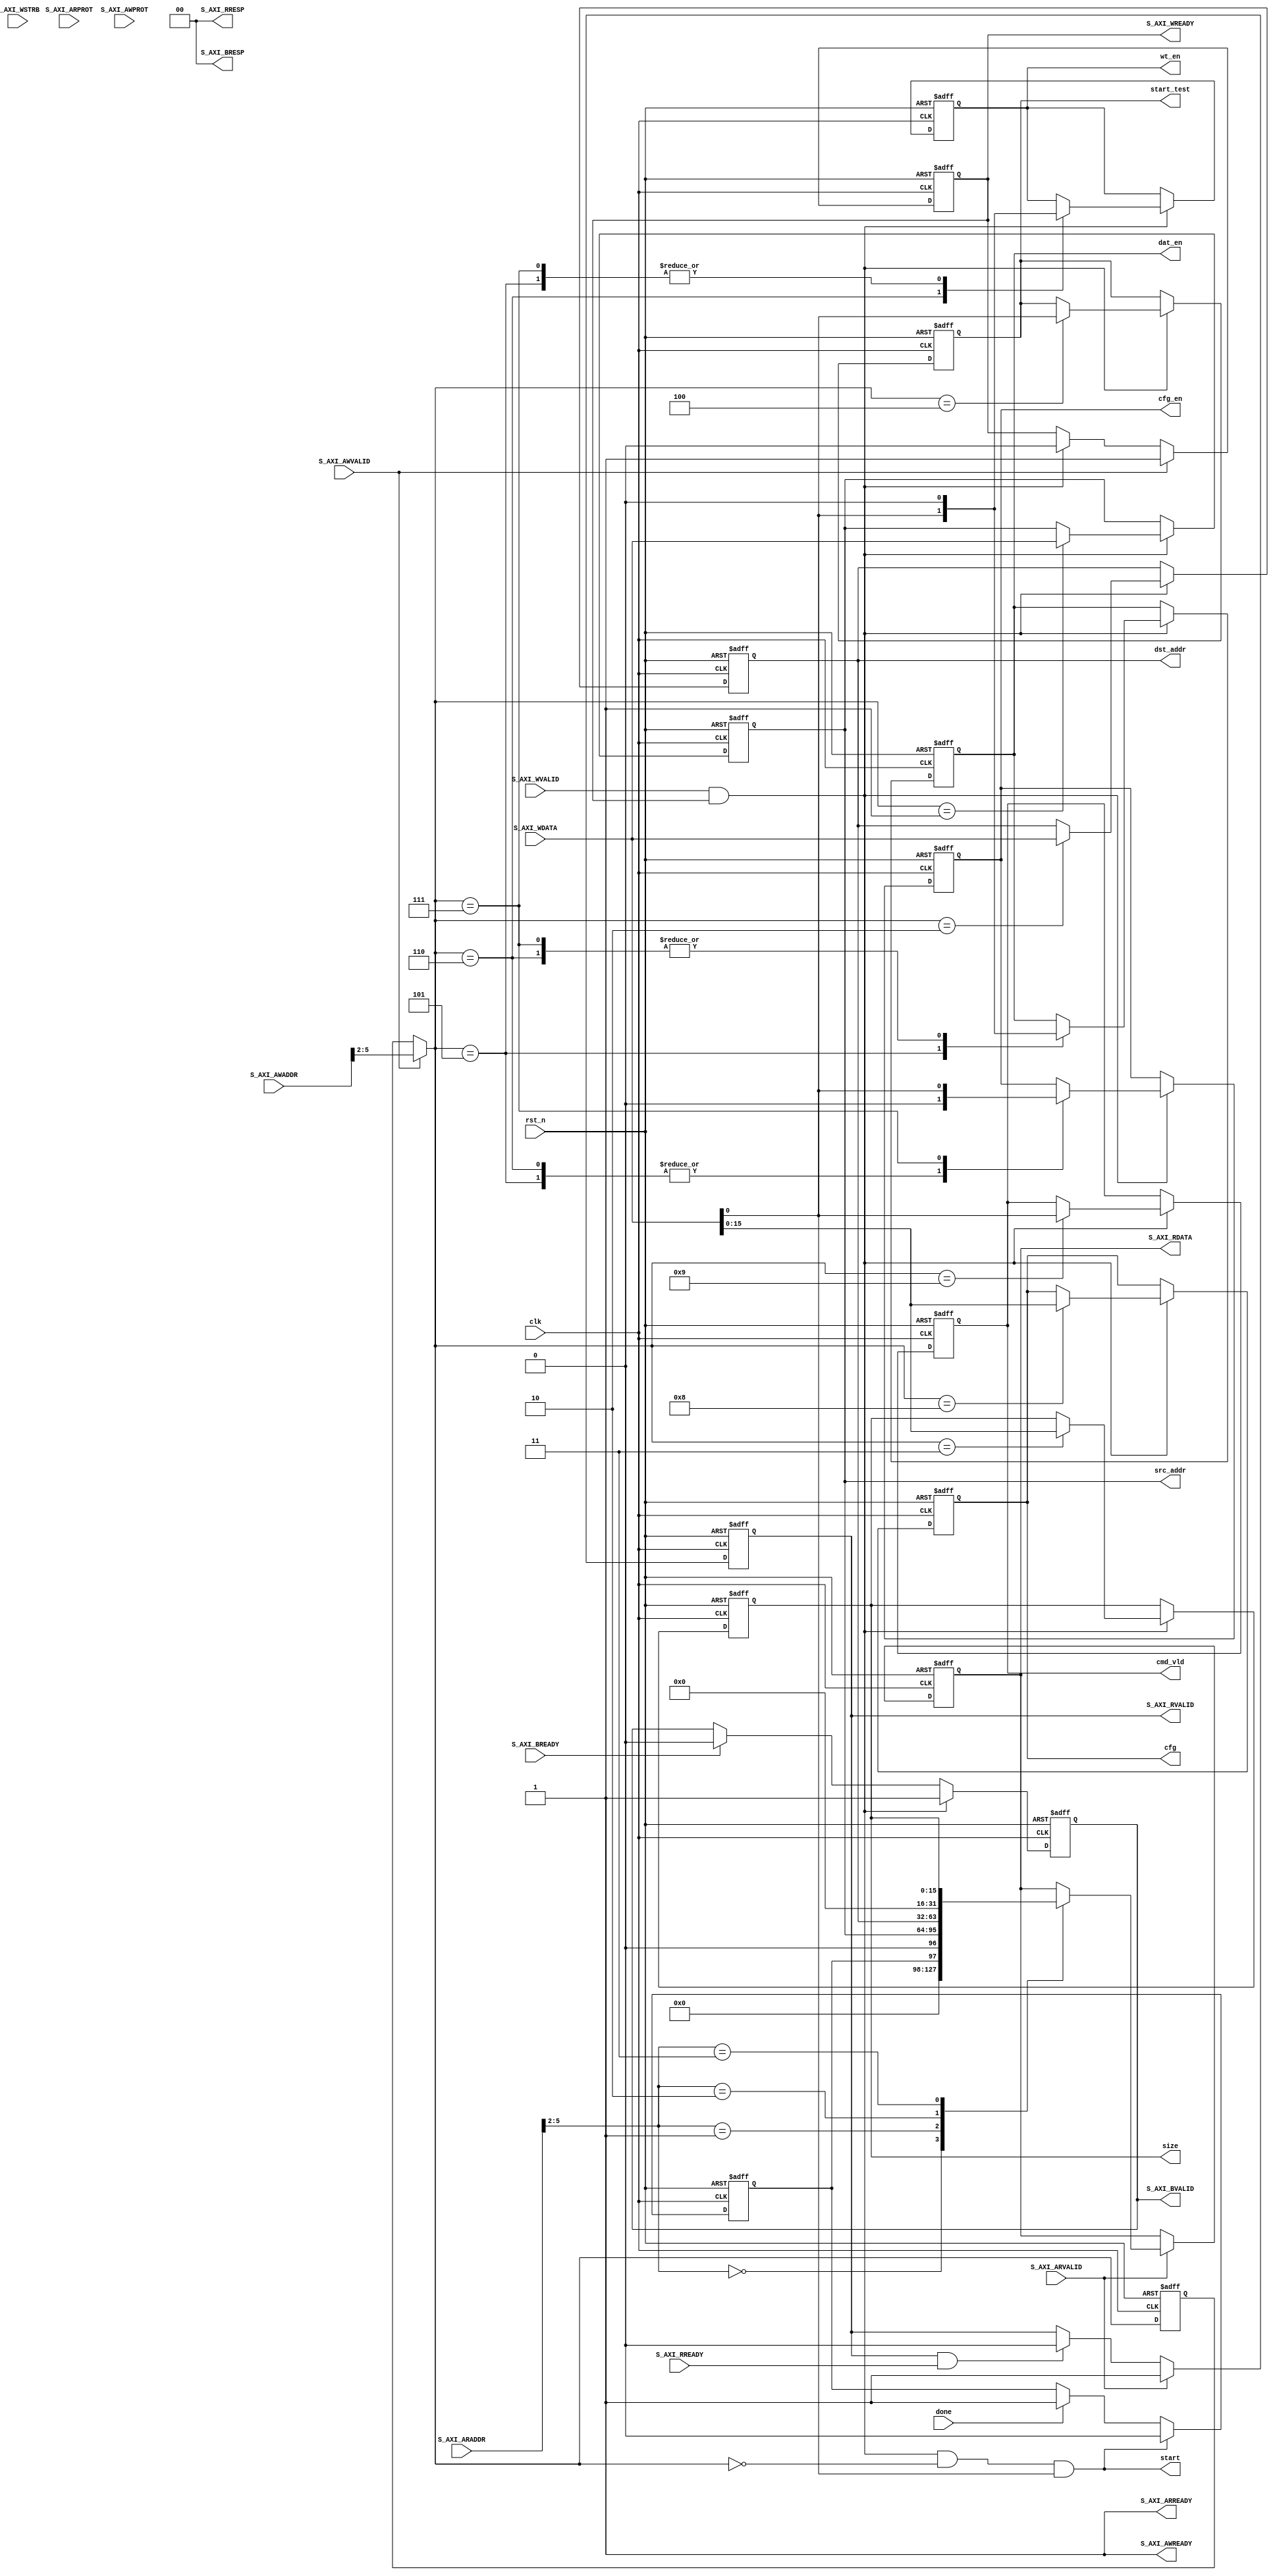
`timescale 1ns / 1ps
// axi_lite
module dma_reg
(
    input clk,
    input rst_n,
     //
     //AR channel
    input S_AXI_ARVALID,
    output S_AXI_ARREADY,
    input [5:0]S_AXI_ARADDR,
    input [2:0]S_AXI_ARPROT,
    // 4 
    //Rd channel
    output [32-1:0]S_AXI_RDATA,//? reg0
    output [1:0]S_AXI_RRESP,
    output S_AXI_RVALID,
    input S_AXI_RREADY,
    //4
    //AW channel
    input S_AXI_AWVALID,
    output S_AXI_AWREADY,
    input [5:0]S_AXI_AWADDR,
    input [2:0]S_AXI_AWPROT,

    //Wr channel
    //S_AXI_WDATA      
    input [32-1:0]S_AXI_WDATA,
    input S_AXI_WVALID,
    output S_AXI_WREADY,
    input [5:0]S_AXI_WSTRB,   
    
    //Wr Resp
    output [1:0]S_AXI_BRESP,
    output S_AXI_BVALID,
    input S_AXI_BREADY,
    //S_AXI_WDATA      
    //
    output start,//reg0
    input done,//reg0  //  
    output reg [31:0]src_addr,//reg1 
    output reg [31:0]dst_addr,//reg2 
    output reg [15:0]size ,//reg3  DMA?25632128AXI4
    //output reg [7:0]out_num,
    output reg      start_test,

    output  reg     dat_en,
    output  reg     wt_en,
    output  reg     cfg_en,
    output  reg     [15:0]cfg,
    output  reg     cmd_vld
);

assign S_AXI_BRESP=2'b0;
//
reg axi_bvalid;
assign S_AXI_BVALID=axi_bvalid;

always @(posedge clk or negedge rst_n)
    if(~rst_n)
        axi_bvalid<=1'b0;
    else
        if(S_AXI_WVALID & S_AXI_WREADY)
            axi_bvalid<=1'b1;
        else
            if(S_AXI_BREADY)
                axi_bvalid<=1'b0;

reg [3:0]addr_word_w;
wire [3:0]addr_word_w_comb;

always @(posedge clk or negedge rst_n)
    if(~rst_n)
        addr_word_w<=0;
    else
        if(S_AXI_AWVALID & S_AXI_AWREADY)
            addr_word_w <= S_AXI_AWADDR[5:2];
        
//324byte0,1,2,3. [1:0]  
//[3:2]addr_word_w_comb      
assign addr_word_w_comb = (S_AXI_AWVALID & S_AXI_AWREADY)?S_AXI_AWADDR[5:2]:addr_word_w; //
assign S_AXI_AWREADY=1'b1;//S_AXI_AWVALID&S_AXI_WVALID;
//w_phase
reg w_phase;

always @(posedge clk or negedge rst_n)
    if(~rst_n)
        w_phase=1'b0;
    else
        if(S_AXI_AWVALID & S_AXI_AWREADY) //
            w_phase<=1;
        else
            if(S_AXI_WVALID & S_AXI_WREADY)  //S_AXI_WREADY=w_phase
                w_phase<=0;
                
//S_AXI_WREADY ? S_AXI_AWVALID
assign S_AXI_WREADY=w_phase;
//reg    en_dat;
//reg    en_wt;
always @(posedge clk or negedge rst_n)
    if(~rst_n)
        begin
            src_addr<=0;
            dst_addr<=0;
            size<=0;
            start_test<=0;
            dat_en <=0;
            wt_en  <= 0;
            cfg_en <=0;
            cfg    <=0;
            cmd_vld <=0;


        end
    else    //assign S_AXI_WREADY=w_phase; ?
        if(S_AXI_WVALID & S_AXI_WREADY)
            case(addr_word_w_comb)
                4'd1:begin src_addr <= S_AXI_WDATA;end  //S_AXI_WDATA
                4'd2:begin dst_addr <= S_AXI_WDATA;end
                4'd3:begin size <= S_AXI_WDATA[15:0];end
                4'd4:begin start_test <= S_AXI_WDATA[0];end //16
                4'd5:begin dat_en <= S_AXI_WDATA[0] ; //20
                           wt_en  <= 0;
                           cfg_en  <= 0;
                        end
                
                4'd6:begin
                            wt_en   <= S_AXI_WDATA[0]; //24
                            dat_en  <= 0;
                            cfg_en  <= 0;
                end
                4'd7:begin
                            cfg_en  <= S_AXI_WDATA[0];  //28
                            dat_en  <= 0;
                            wt_en   <= 0;
                end
                4'd8:begin
                            cfg     <= S_AXI_WDATA[15:0];
                end
                4'd9:begin
                            cmd_vld <= S_AXI_WDATA[0];
                end
            endcase
        
//AR    
assign S_AXI_ARREADY=1'b1;

assign S_AXI_RRESP=2'b0;
//
reg [32-1:0]rdata;
assign S_AXI_RDATA = rdata; //
reg rvalid;
assign S_AXI_RVALID = rvalid;

reg done_r;
always @(posedge clk or negedge rst_n)
if(~rst_n)
    done_r<=0;
else
    if(start)
        done_r<=0;
    else
        if(done) //done
            done_r<=1;
//                        
always @(posedge clk or negedge rst_n)
if(~rst_n)
    begin rvalid<=1'b0;rdata<=32'b0;end
else
    if(S_AXI_ARVALID & S_AXI_ARREADY)
    begin
        rvalid<=1'b1;
        case(S_AXI_ARADDR[5:2])  //done_rstartstart
            4'd0: rdata <= {30'b0,done_r,1'b0};
            4'd1: rdata <= src_addr;
            4'd2: rdata <= dst_addr;
            4'd3: rdata <= {16'b0,size};
        endcase
    end
    else
        if(S_AXI_RVALID & S_AXI_RREADY)
            rvalid<=1'b0;
//start  start?   
                                     //addr_word_w_comb==0 reg0
assign start = S_AXI_WVALID & S_AXI_WREADY & (addr_word_w_comb == 0) & S_AXI_WDATA[0];
                
endmodule